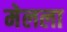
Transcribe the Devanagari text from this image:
मेलला